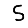
Digit: 5